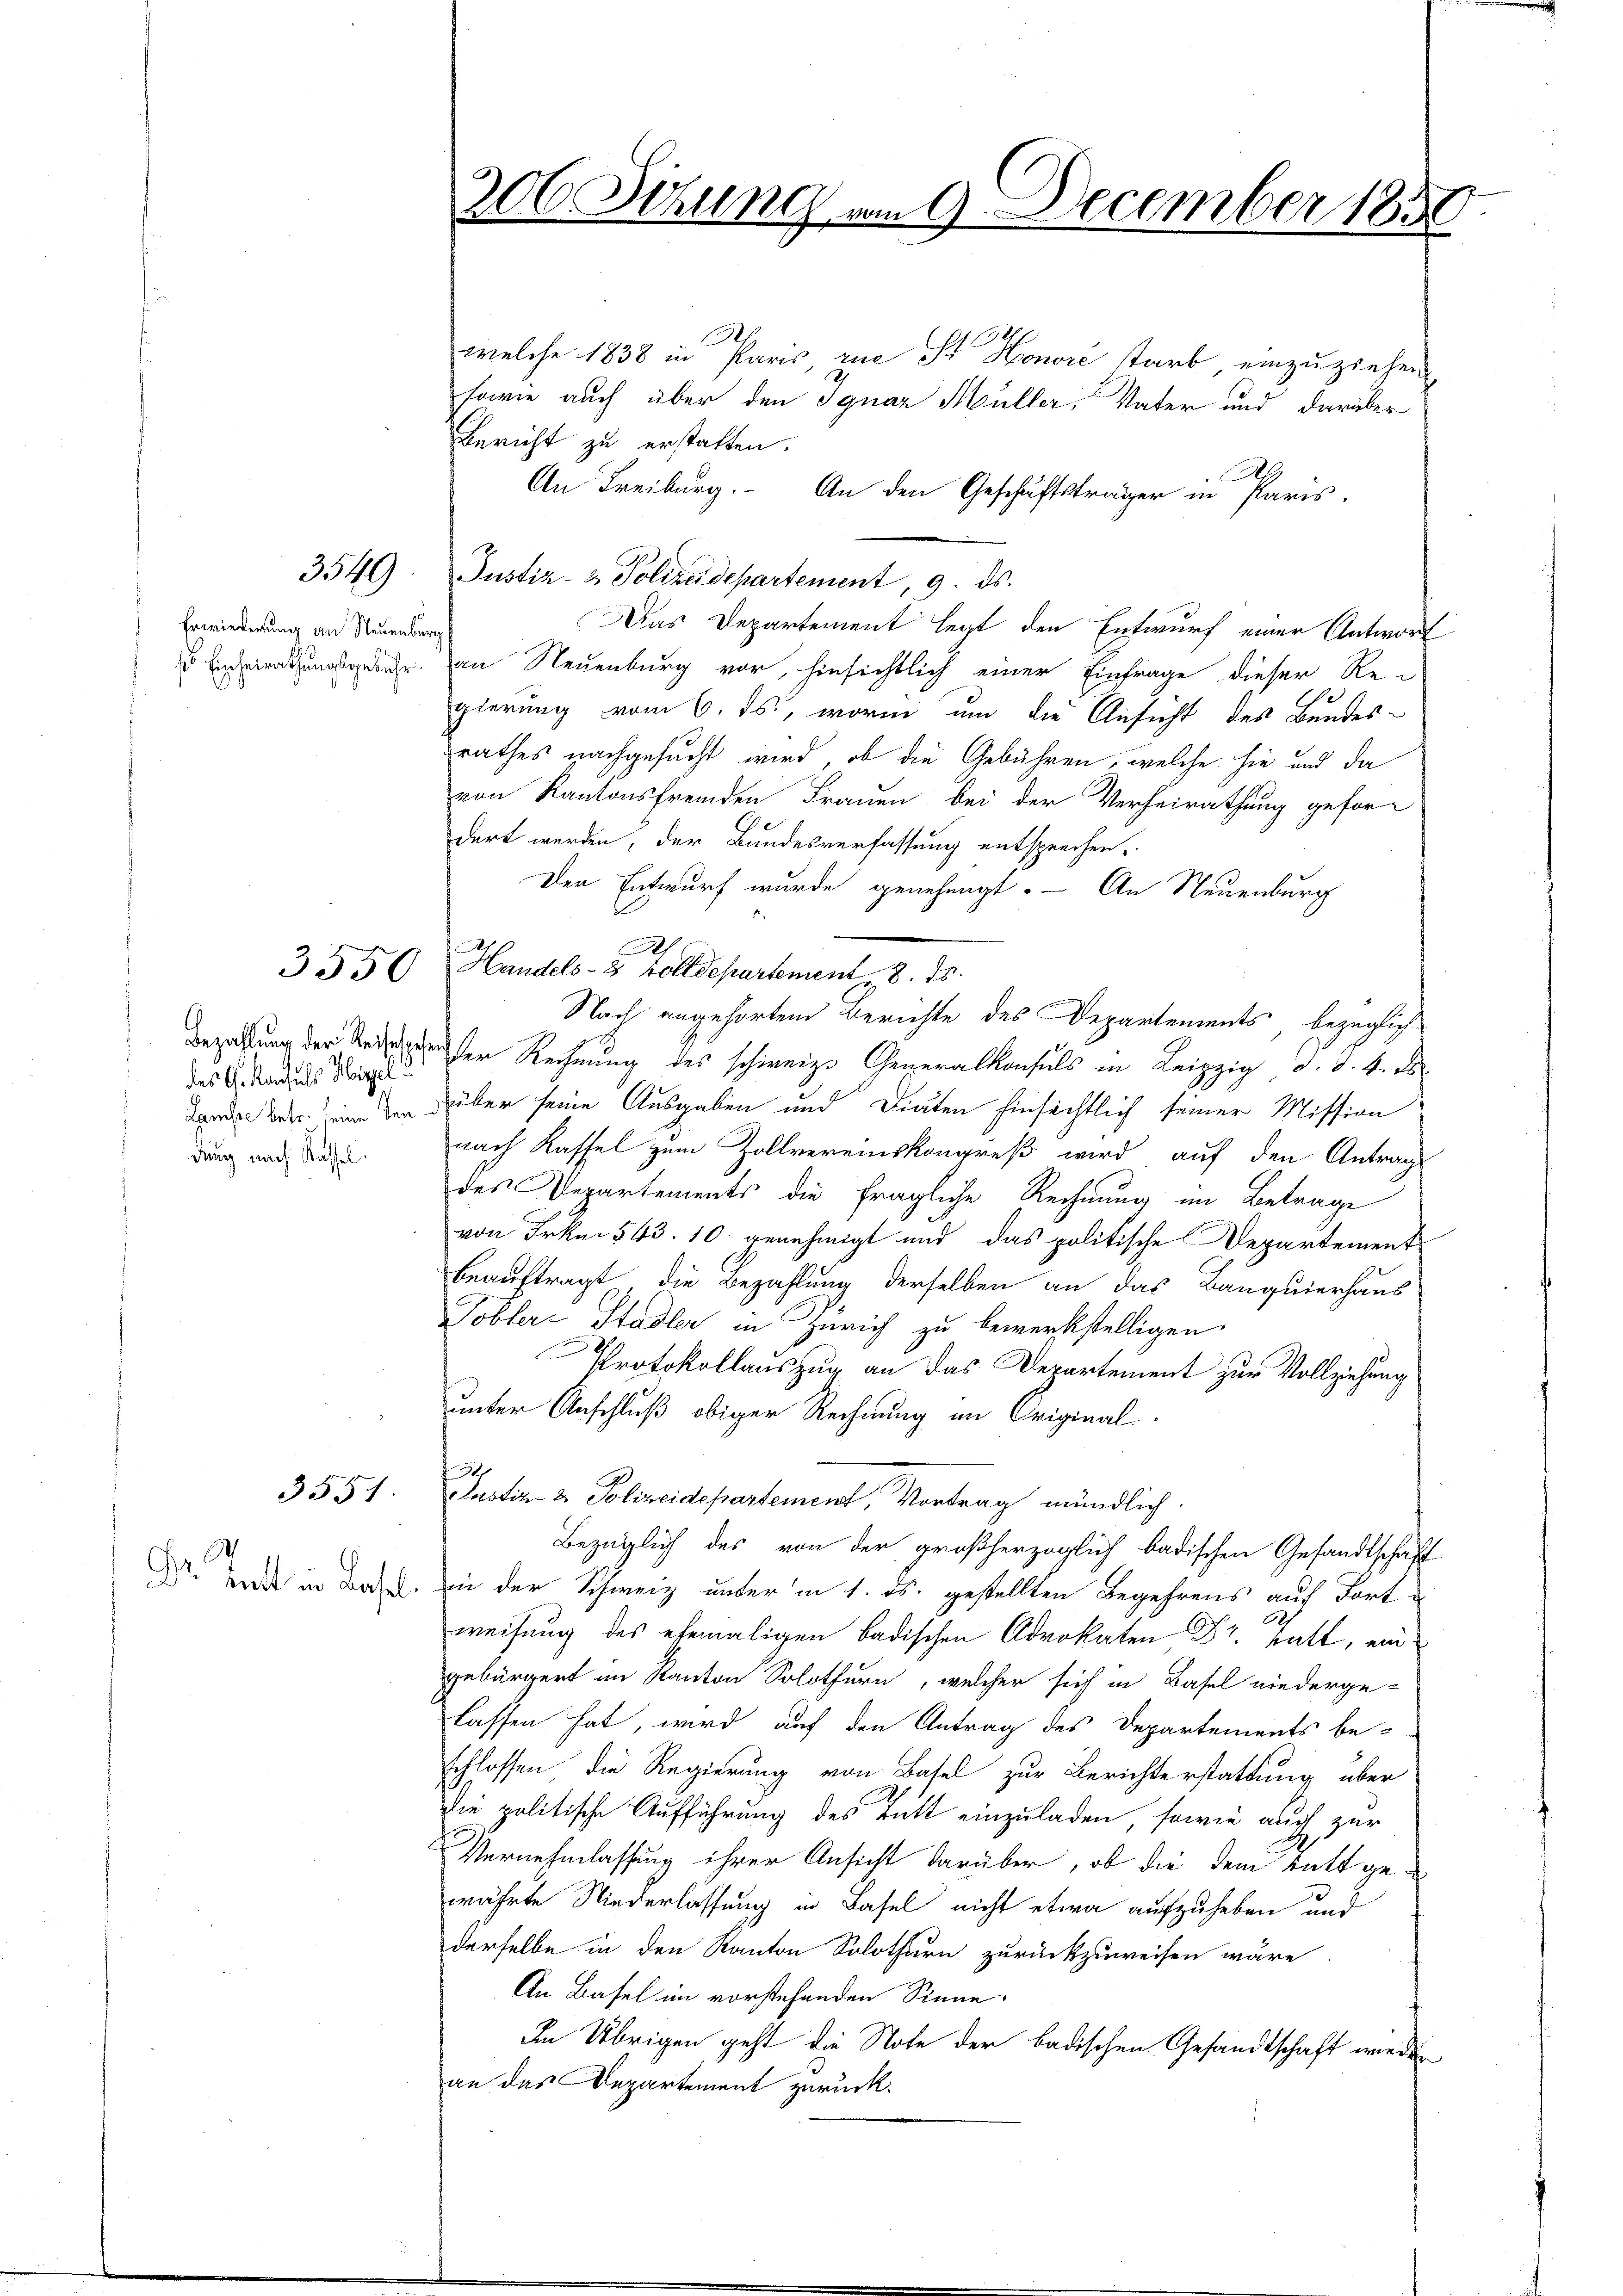
Erwiederung an Neuenburg.
ss Einheirathungsgebühr.

des G. Konsuls Hirzel
dung nach Kassel.

3549)

3550

3551

Dr. Gott in Basel

306. Sitzung.

h
Handels- 8 Zolldepartement 8. ds.

vom 9. December 1850

.
welche 1838 in Paris, rue Sr Honore starb einzuziehen,
sowie auch über den Ignaz Müller, Vater und darüber
Bericht zu erstatten.
l
An Freiburg. An den Geschäftsträger in Paris.
Justiz- & Polizeidepartement, 9. ds.
Das Departement legt den Entwurf einer Antwort
an Neuenburg vor, hinsichtlich einer Einfrage dieser Re-
gierung vom 6. ds., worin um die Ansicht des Bundes-
rathes nachgesucht wird, ob die Gebühren, welche hie und da
von Rautonsfremden Frauen bei der Verheirathung gefor-
dert werden, der Bundesverfassung entsprechen.
Der Entwurf wurde genehmigt. — An Neuenburg
Nach angehörten Berichte des Departements, bezüglich
Bezahlung der einer Rechnung des schweizer ....
Landen der in den über seine Ausgaben und Diäten hinsichtlich seiner Mission
nach Kassel zum Zollvereinskongreß wird auf den Antrage
des Departements die fragliche Rechnung im Betrage
von Frk. 543. 10. genehmigt und das politische Departement
beauftragt, die Bezahlung derselben an das Banquierhaus
Tobler-Stadler in Zürich zu bewerkstelligen
Protokollauszug an das Departement zur Vollziehung
unter Anschluß obiger Rechnung im Original¬
9
Justiz- & Polizeidepartement, Vortrag mündlich.
Bezüglich des von der großherzoglich badischen Gesandtschaft
in der Schweiz unter in 1. ds. gestellten Begehrens auf Fort
weitung des ehemaligen badischen Advokaten Dr. Hatt, ein
gebürgert im Kanton Solothurn, welcher sich in Basel niederge-
lassen hat, wird auf den Antrag des Departements be-
schlossen die Regierung von Basel zur Berichterstattung über
Die politische Aufführung des Tutt einzuladen, sowie auch zur
Vernehmlassung ihrer Ansicht darüber, ob die dem tatt gewährte Niederlassung in Basel nicht etwa aufzuheben und
derselbe in den Kanton Solothurn zurückzuweisen wäre
An Basel im vorstehenden Sinne.
Im Übrigen geht die Note der badischen Gesandtschaft wieder
an das Departement zurück.